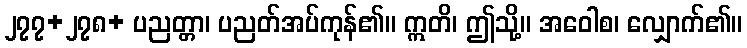
၂၇၇+၂၇၈+ ပညတ္တာ၊ ပညတ်အပ်ကုန်၏။ ဣတိ၊ ဤသို့။ အဝေါစ၊ လျှောက်၏။